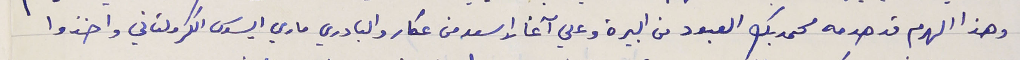
وهذا الهرم قد هدمه محمد بك العبود من البيرة وعلي آغا الاسعد من عكار والبادري ماري ايسوس الكرملتاني واخذوا